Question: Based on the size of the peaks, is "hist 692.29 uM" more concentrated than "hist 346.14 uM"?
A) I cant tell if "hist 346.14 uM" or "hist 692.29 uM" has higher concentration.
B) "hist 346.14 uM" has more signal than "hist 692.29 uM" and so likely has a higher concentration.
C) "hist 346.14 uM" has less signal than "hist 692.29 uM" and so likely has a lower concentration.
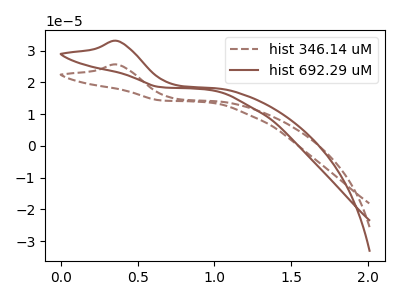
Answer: <think>The brown dashed curve "hist 346.14 uM" has an anodic peak at: (0.35V, 25.65uA). The brown curve "hist 692.29 uM" has an anodic peak at: (0.35V, 33.10uA).
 All the peaks in "hist 346.14 uM" have a peak in "hist 692.29 uM" at the same potential. Every peak in "hist 346.14 uM" is lower than every peak in "hist 692.29 uM".</think>
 <answer>C) "hist 346.14 uM" has less signal than "hist 692.29 uM" and so likely has a lower concentration.</answer>
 <eval>C</eval>